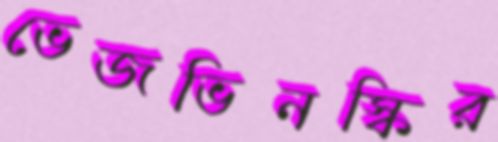
ভেজভিনস্কির